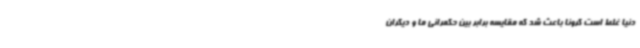
دنیا غلط است کرونا باعث شد که مقایسه برابر بین حکمرانی ما و دیگران